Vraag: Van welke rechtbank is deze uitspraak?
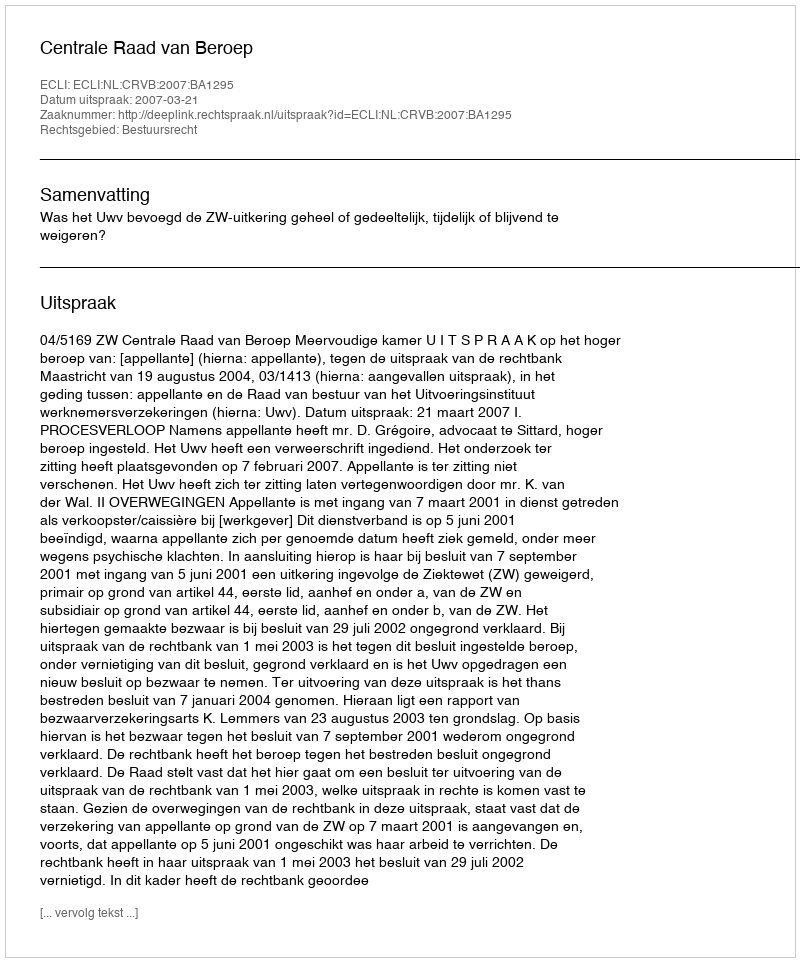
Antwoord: Centrale Raad van Beroep